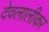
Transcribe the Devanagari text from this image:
देवलालीकर